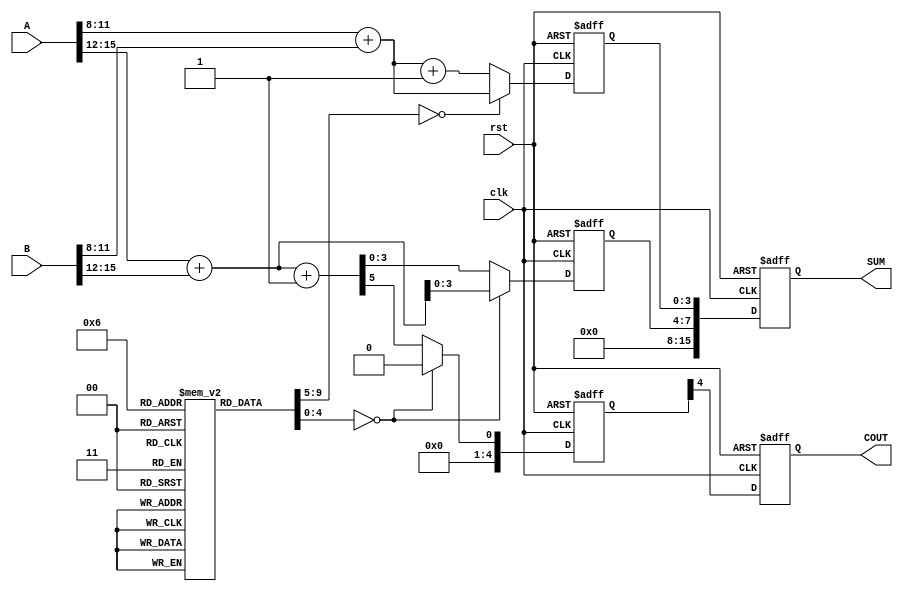
module pipelined_carry_select_adder #(parameter WIDTH = 16, parameter SEGMENT_SIZE = 4) (
    input  wire clk,
    input  wire rst,
    input  wire [WIDTH-1:0] A,
    input  wire [WIDTH-1:0] B,
    output reg [WIDTH-1:0] SUM,
    output reg COUT
);

localparam NUM_SEGMENTS = WIDTH / SEGMENT_SIZE;

reg [SEGMENT_SIZE-1:0] A_seg [0:NUM_SEGMENTS-1];
reg [SEGMENT_SIZE-1:0] B_seg [0:NUM_SEGMENTS-1];
reg [SEGMENT_SIZE:0] sum0 [0:NUM_SEGMENTS-1];
reg [SEGMENT_SIZE:0] sum1 [0:NUM_SEGMENTS-1];
reg [SEGMENT_SIZE:0] carry0 [0:NUM_SEGMENTS-1];
reg [SEGMENT_SIZE:0] carry1 [0:NUM_SEGMENTS-1];
reg [SEGMENT_SIZE:0] carry_in [0:NUM_SEGMENTS-1];
reg [SEGMENT_SIZE-1:0] final_sum [0:NUM_SEGMENTS-1];
reg final_carry [0:NUM_SEGMENTS-1];

integer i;

always @(*) begin
    for (i = 0; i < NUM_SEGMENTS; i = i + 1) begin
        A_seg[i] = A[(i+1)*SEGMENT_SIZE-1:i*SEGMENT_SIZE];
        B_seg[i] = B[(i+1)*SEGMENT_SIZE-1:i*SEGMENT_SIZE];
    end
end

always @(*) begin
    for (i = 0; i < NUM_SEGMENTS; i = i + 1) begin
        // Compute sums and carries for both carry-in scenarios
        {carry0[i], sum0[i]} = A_seg[i] + B_seg[i]; // Carry-in = 0
        {carry1[i], sum1[i]} = A_seg[i] + B_seg[i] + 1'b1; // Carry-in = 1
    end
end

// Pipeline registers
reg [SEGMENT_SIZE:0] p_sum [0:NUM_SEGMENTS-1];
reg [SEGMENT_SIZE:0] p_carry [0:NUM_SEGMENTS-1];

always @(posedge clk or posedge rst) begin
    if (rst) begin
        for (i = 0; i < NUM_SEGMENTS; i = i + 1) begin
            p_sum[i] <= 0;
            p_carry[i] <= 0;
        end
        SUM <= 0;
        COUT <= 0;
    end else begin
        // Stage 1: Compute first segment's results
        p_sum[0] <= sum0[0];
        p_carry[0] <= carry0[0];

        // Stage 2: Compute subsequent segments based on previous carry
        for (i = 1; i < NUM_SEGMENTS; i = i + 1) begin
            p_sum[i] <= (carry_in[i-1] == 0) ? sum0[i] : sum1[i];
            p_carry[i] <= (carry_in[i-1] == 0) ? carry0[i] : carry1[i];
        end

        // Final output computation
        SUM <= {p_sum[NUM_SEGMENTS-1][SEGMENT_SIZE-1:0], p_sum[NUM_SEGMENTS-2][SEGMENT_SIZE-1:0]};
        COUT <= p_carry[NUM_SEGMENTS-1][SEGMENT_SIZE];
    end
end

endmodule